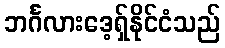
ဘင်္ဂလားဒေ့ရှ်နိုင်ငံသည်